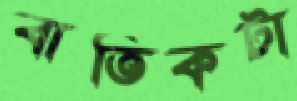
বাতিকটা